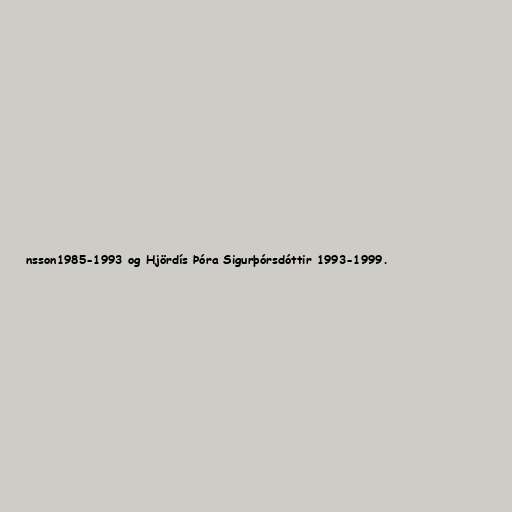
nsson1985-1993 og Hjördís Þóra Sigurþórsdóttir 1993-1999.